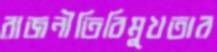
রাজনীতিবিমুখতার